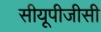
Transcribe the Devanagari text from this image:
सीयूपीजीसी